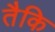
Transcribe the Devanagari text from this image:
तैकि